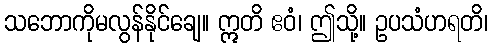
သဘောကိုမလွန်နိုင်ချေ။ ဣတိ ဧဝံ၊ ဤသို့။ ဥပသံဟရတိ၊